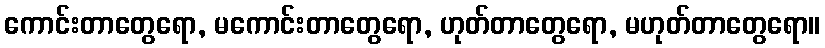
ကောင်းတာတွေရော, မကောင်းတာတွေရော, ဟုတ်တာတွေရော, မဟုတ်တာတွေရော။